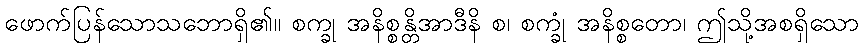
ဖောက်ပြန်သောသဘောရှိ၏။ စက္ခု အနိစ္စန္တိအာဒီနိ စ၊ စက္ခုံ အနိစ္စတော၊ ဤသို့အစရှိသော